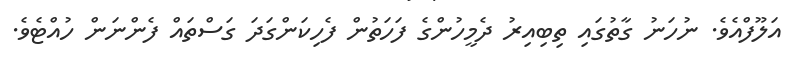
އަލޫފްއެވެ. ނުހަނު ގާތުގައި ތިބިއިރު ދެމީހުންގެ ފަހަތުން ފެހިކަންގަދަ ގަސްތައް ފެންނަން ހުއްޓެވެ.